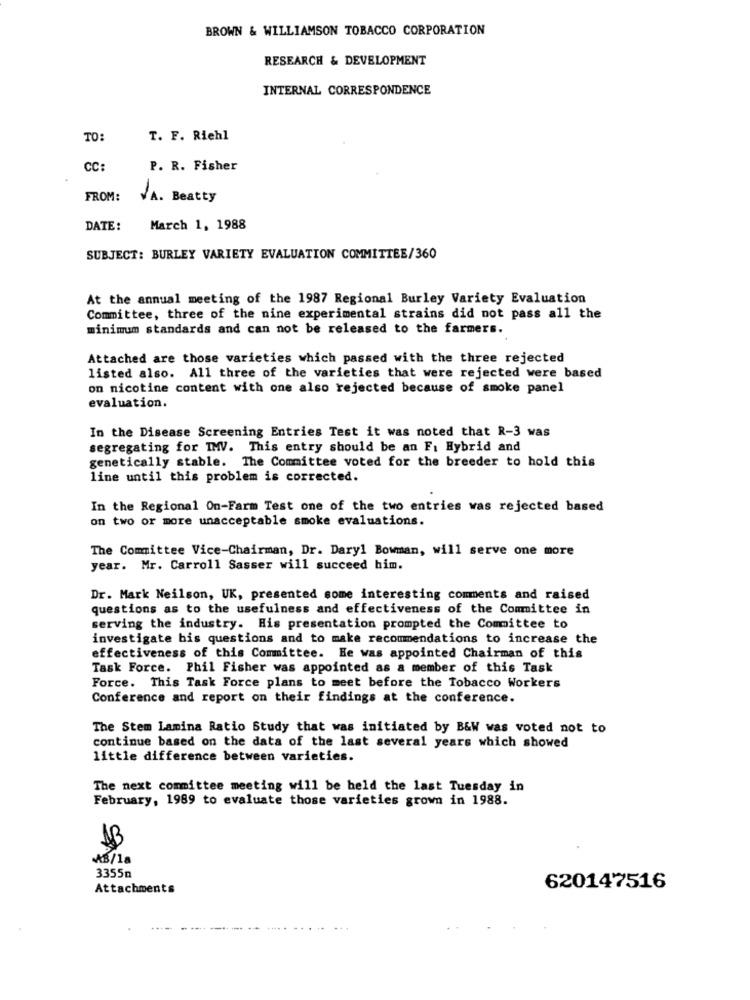
BROWN & WILLIAMSON TOBACCO CORPORATION
RESEARCH & DEVELOPMENT
INTERNAL CORRESPONDENCE
TO:
T. F. Riehl
CC:
P. R. Fisher
FROM:
VA. Beatty
DATE:
March 1, 1988
SUBJECT: BURLEY VARIETY EVALUATION COMMITTEE/360
At the annual meeting of the 1987 Regional Burley Variety Evaluation
Committee, three of the nine experimental strains did not pass all the
minimum standards and can not be released to the farmers.
Attached are those varieties which passed with the three rejected
listed also. All three of the varieties that were rejected were based
on nicotine content with one also rejected because of smoke panel
evaluation.
In the Disease Screening Entries Test it was noted that R-3 was
segregating for IMV. This entry should be an F: Hybrid and
genetically stable. The Committee voted for the breeder to hold this
line until this problem is corrected.
In the Regional On-Farm Test one of the two entries was rejected based
on two or more unacceptable smoke evaluations.
The Committee Vice-Chairman, Dr. Daryl Bowman, will serve one more
year. Mr. Carroll Sasser will succeed him.
Dr. Mark Neilson, UK, presented some interesting comments and raised
questions as to the usefulness and effectiveness of the Committee in
serving the industry. His presentation prompted the Committee to
investigate bis questions and to make recommendations to increase the
effectiveness of this Committee. He was appointed Chairman of this
Task Force. Phil Fisher was appointed as a member of this Task
Force. This Task Force plans to meet before the Tobacco Workers
Conference and report on their findings at the conference.
The Stem Lamina Ratio Study that was initiated by B&W was voted not to
continue based on the data of the last several years which showed
little difference between varieties.
The next committee meeting will be held the last Tuesday in
February, 1989 to evaluate those varieties grown in 1988.
13
3355m
Attachments
620147516
...